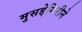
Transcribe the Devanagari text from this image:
मुसद्देगिरीने